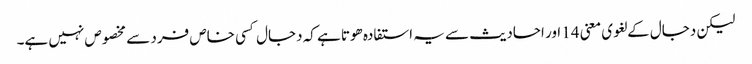
لیکن دجال کے لغوی معنی 14 اور احادیث سے یہ استفادہ ھوتا ہے کہ دجال کسی خاص فرد سے مخصوص نہیں ہے۔